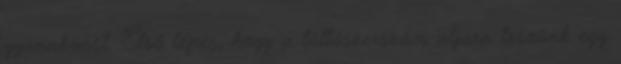
gyanakvást. Első lépés, hogy a töltőszerszám aljára teszünk egy